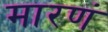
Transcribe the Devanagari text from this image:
मारणं